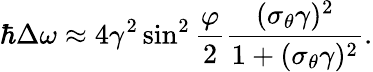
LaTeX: \hbar\Delta\omega\approx 4\gamma^{2}\sin^{2}\frac{\varphi}{2}\frac{(\sigma_{\theta}\gamma)^{2}}{1+(\sigma_{\theta}\gamma)^{2}}.